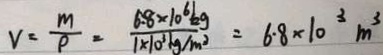
v = \frac { m } { \rho } = \frac { 6 . 8 \times 1 0 ^ { 6 } k g } { 1 \times 1 0 ^ { 3 } k g / m ^ { 3 } } = 6 . 8 \times 1 0 ^ { 3 } m ^ { 3 }